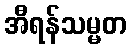
အီရန်သမ္မတ